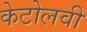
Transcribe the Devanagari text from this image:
केटोलवी